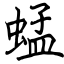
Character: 蜢